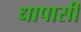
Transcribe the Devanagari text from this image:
धापासी